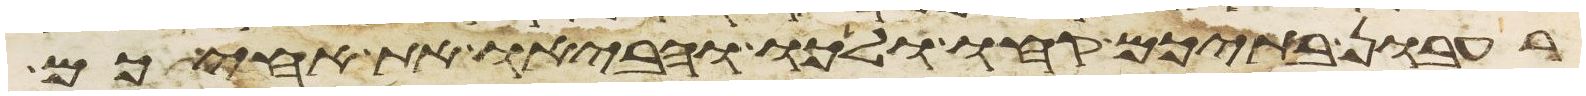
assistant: רעבון בתיכם קחו ולכו והביאו את אחיכם